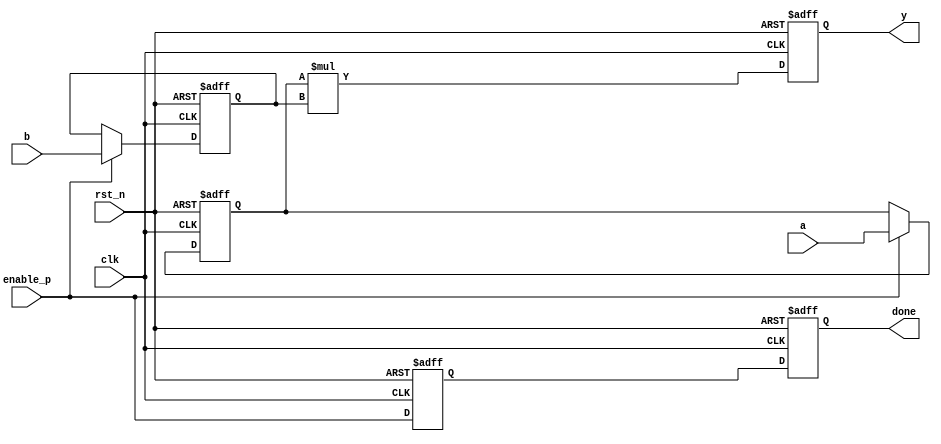
`timescale 1 ns/1 ps
//----------------------------------------

module nom_mul #(
  parameter NBITS = 128,
  parameter PBITS = 0

 ) (
  input                 clk,
  input                 rst_n,
  input                 enable_p,
  input  [NBITS-1 :0]   a,
  input  [NBITS-1 :0]   b,
  output [2*NBITS-1 :0] y,
  output  reg           done
);

//--------------------------------------
//reg/wire declaration
//--------------------------------------

reg  [NBITS-1   :0]   a_loc;
reg  [NBITS-1   :0]   b_loc;
reg  [2*NBITS-1 :0]   y_loc;

reg  enable_p_d1;

always @ (posedge clk or negedge rst_n) begin
  if (rst_n == 1'b0) begin
    a_loc <= {NBITS{1'b0}};
    b_loc <= {NBITS{1'b0}};
  end
  else begin
      if (enable_p == 1'b1) begin
        a_loc <= a;
        b_loc <= b;
      end 
  end
end

always @ (posedge clk or negedge rst_n) begin
  if (rst_n == 1'b0) begin
    y_loc <= {2*NBITS{1'b0}};
  end
  else begin
    y_loc <= a_loc*b_loc;
  end
end

always @ (posedge clk or negedge rst_n) begin
  if (rst_n == 1'b0) begin
    done        <= 1'b0;
    enable_p_d1 <= 1'b0;
  end
  else begin
    enable_p_d1 <= enable_p;
    done        <= enable_p_d1;
  end
end



  
assign y  =  y_loc;



endmodule